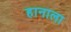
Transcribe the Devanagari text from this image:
हानाला